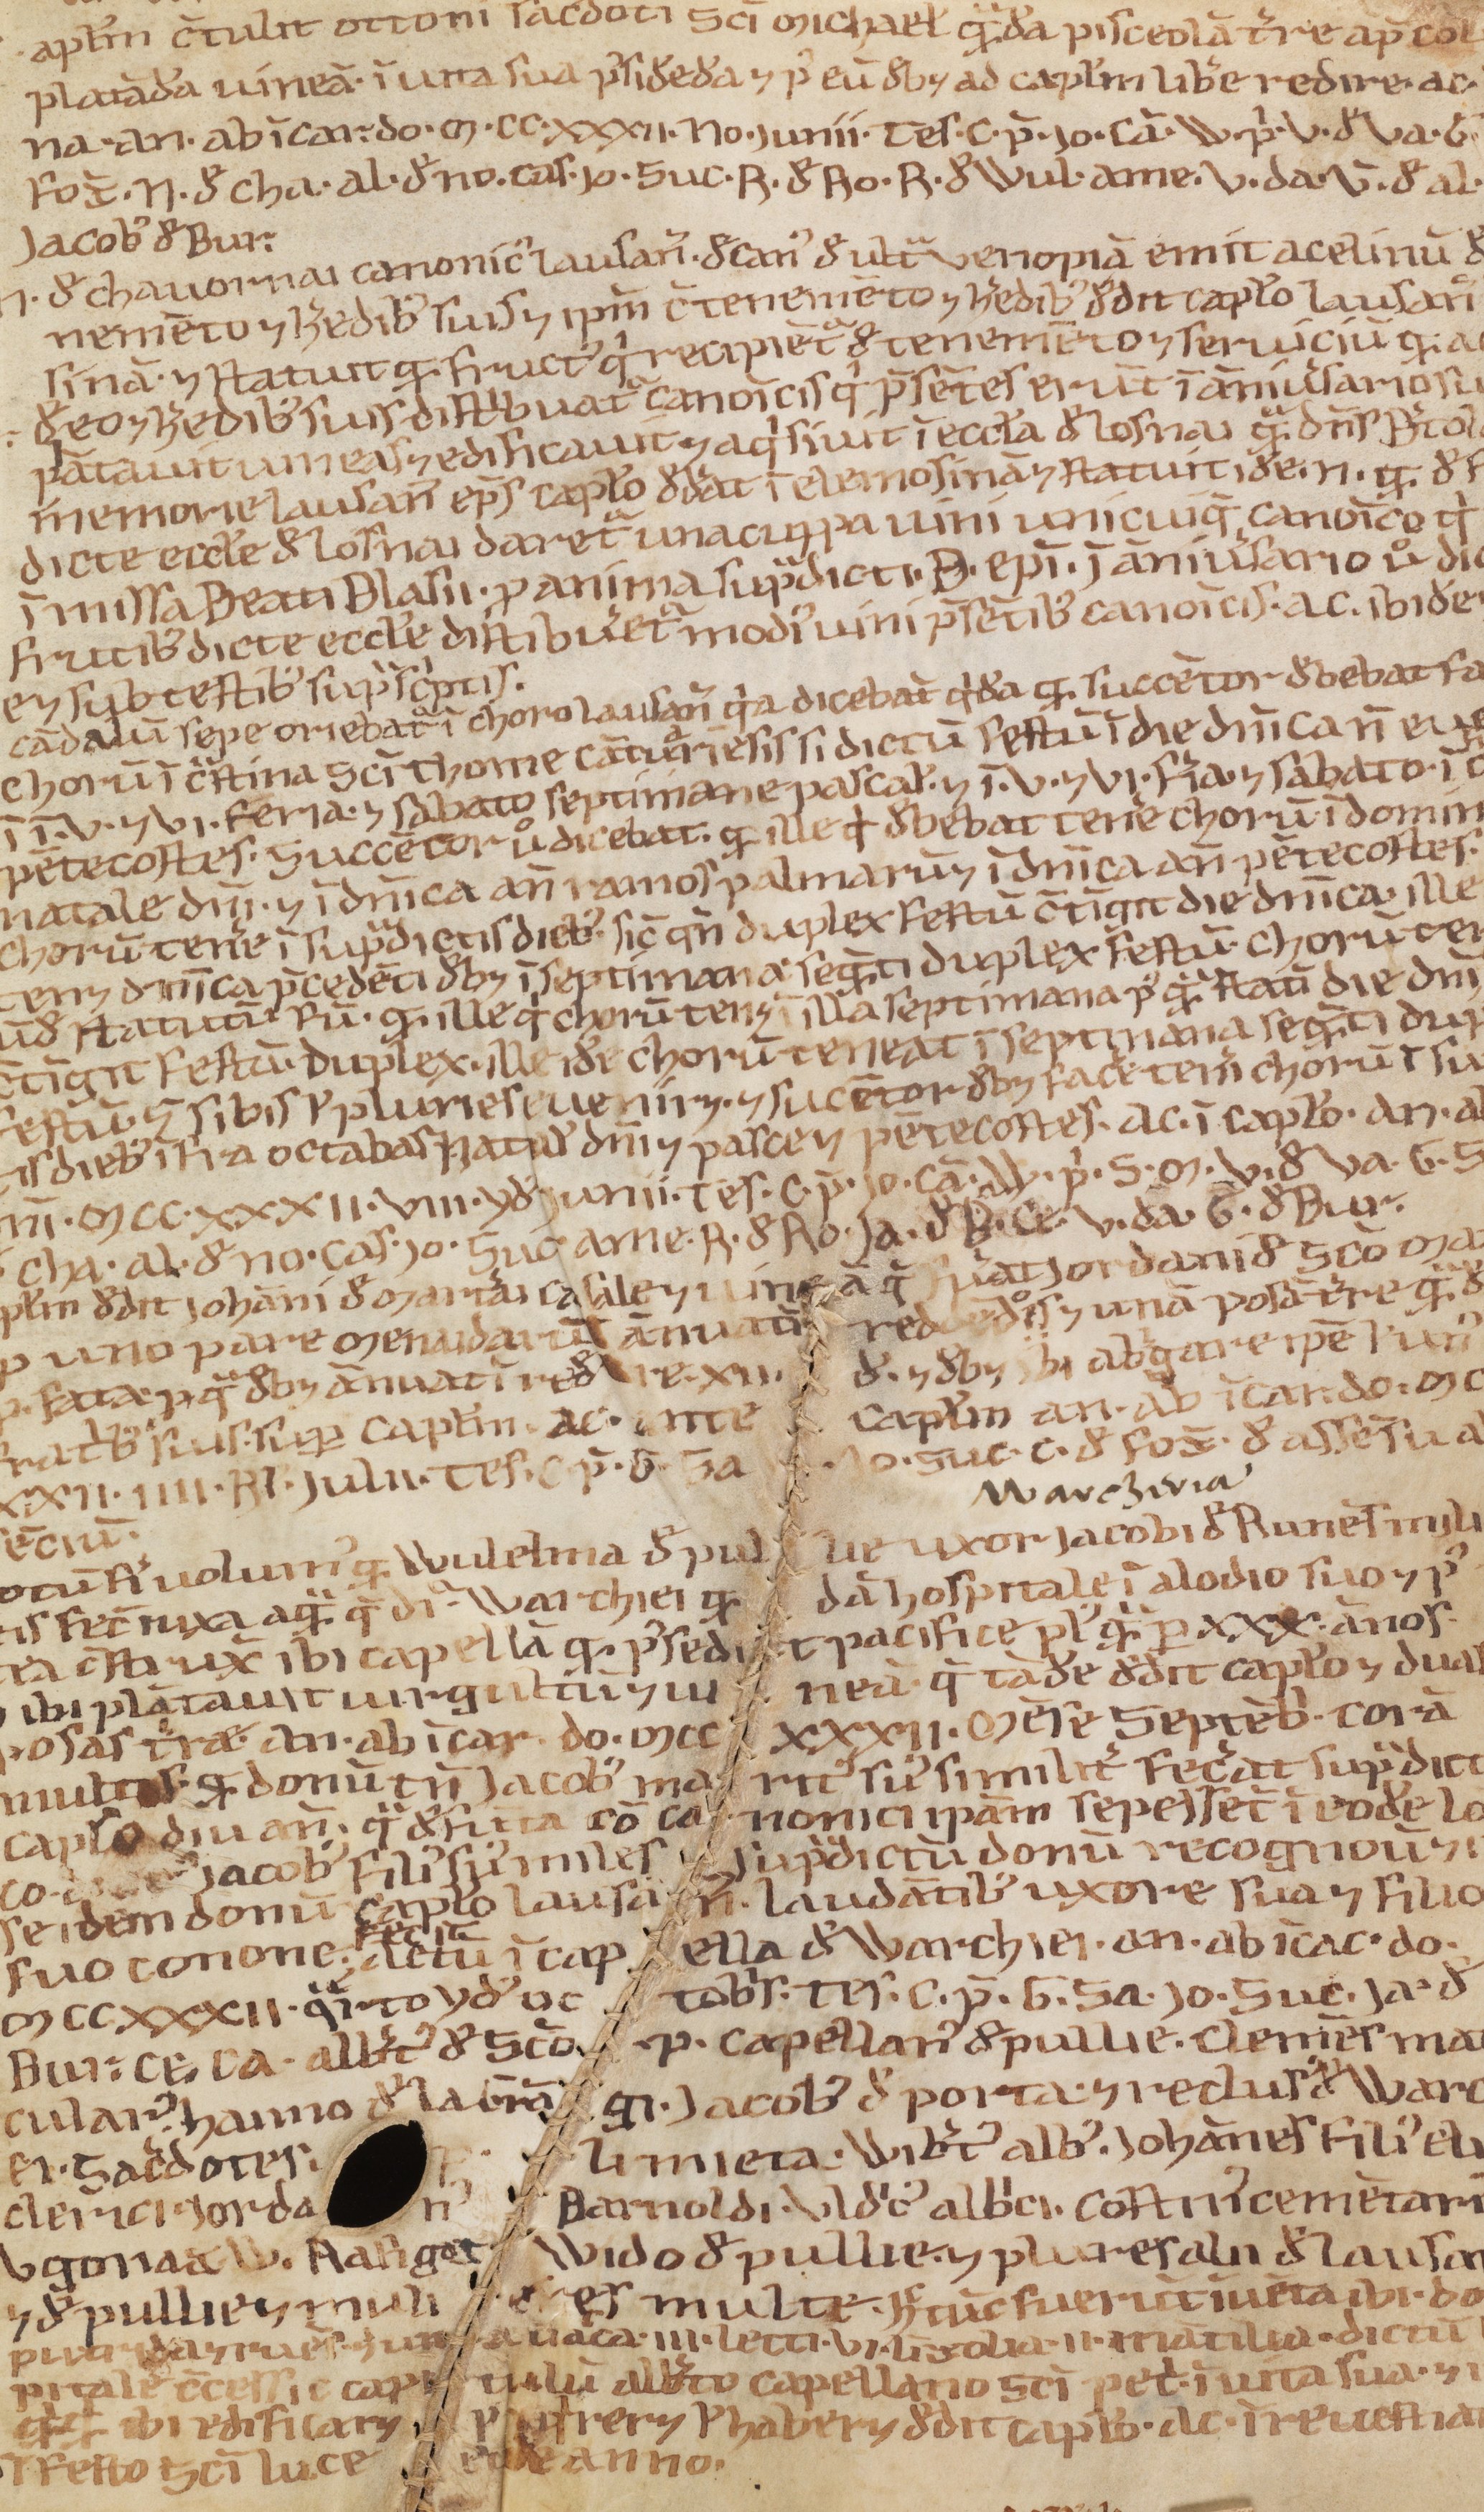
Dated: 1188–1257